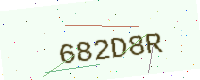
Text: 682D8R